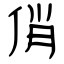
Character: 俏